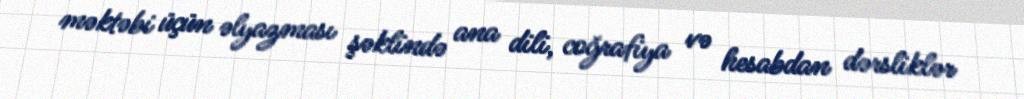
məktəbi üçün əlyazması şəklində ana dili, coğrafiya və hesabdan dərsliklər